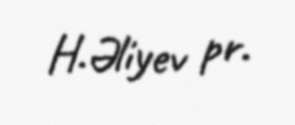
H.Əliyev pr.